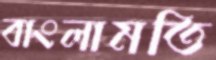
বাংলামতি